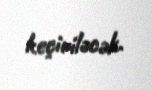
keçiriləcək.